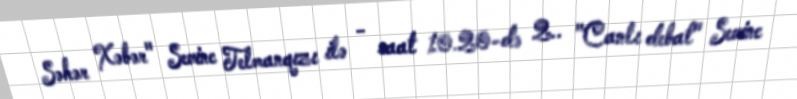
Səhər Xəbər" Sevinc Telmanqızı ilə - saat 10.20-də 2.. "Canlı debat" Sevinc